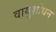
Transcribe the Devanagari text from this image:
वायुशोधन